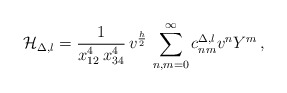
\begin{align*} {\cal H}_{\Delta, l} = \frac{1}{x_{12}^4 \, x_{34}^4} \,v^{\frac{h}{2}} \, \sum_{n,m=0}^\infty c^{\Delta, l}_{nm} v^n Y^m \, ,\end{align*}